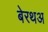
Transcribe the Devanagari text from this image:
बेरथअ